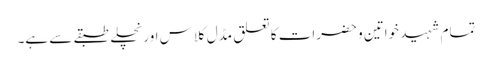
تمام شہید خواتین و حضرات کا تعلق مڈل کلاس اور نچلے طبقے سے ہے۔